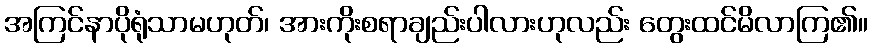
အကြင်နာပိုရုံသာမဟုတ်၊ အားကိုးစရာချည်းပါလားဟုလည်း တွေးထင်မိလာကြ၏။